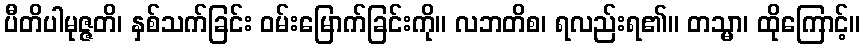
ပီတိပါမုဇ္ဇတိ၊ နှစ်သက်ခြင်း ဝမ်းမြောက်ခြင်းကို။ လဘတိစ၊ ရလည်းရ၏။ တသ္မာ၊ ထိုကြောင့်။